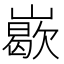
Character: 𡽙